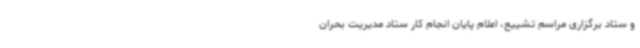
و ستاد برگزاری مراسم تشییع، اعلام پایان انجام کار ستاد مدیریت بحران